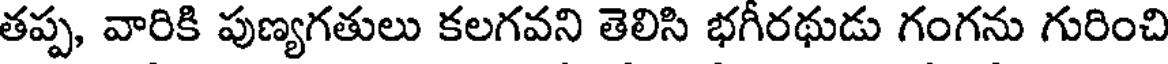
తప్ప, వారికి పుణ్యగతులు కలగవని తెలిసి భగీరథుడు గంగను గురించి